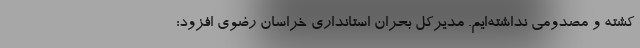
کشته و مصدومی نداشته‌ایم. مدیرکل بحران استانداری خراسان رضوی افزود: